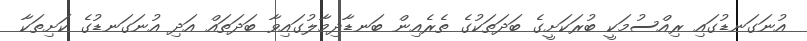
އުނަގަނޑުގައި ރިއްސުމަކީ ބުރަކަށީގެ ބަދަތަކުގެ ތެރެއިން ބަނޑާދިމާލުގައިވާ ބަދަތައް އަދި އުނަގަނޑުގެ ކަށިތަކާ